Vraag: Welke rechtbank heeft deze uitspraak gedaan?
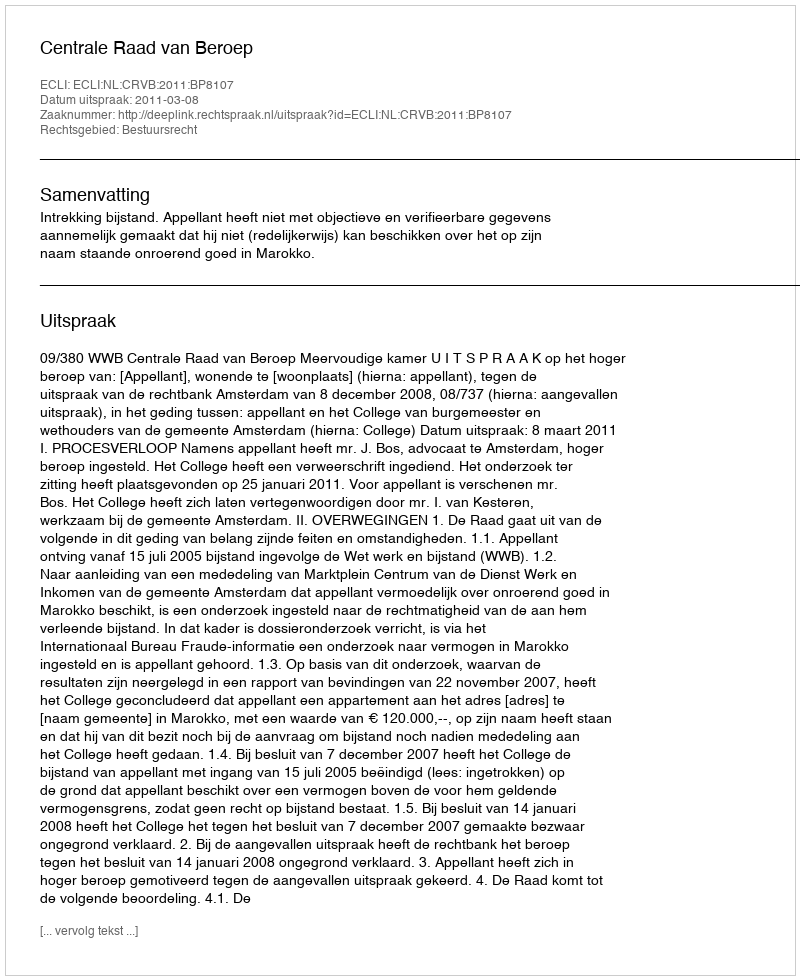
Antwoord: Centrale Raad van Beroep